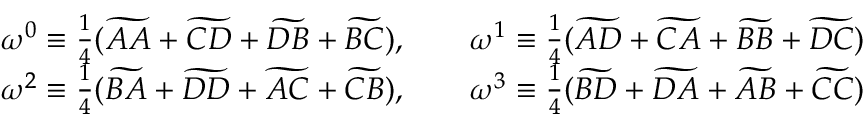
\begin{array} { c c } { \omega ^ { 0 } \equiv \frac { 1 } { 4 } ( \widetilde { A A } + \widetilde { C D } + \widetilde { D B } + \widetilde { B C } ) , \qquad \omega ^ { 1 } \equiv \frac { 1 } { 4 } ( \widetilde { A D } + \widetilde { C A } + \widetilde { B B } + \widetilde { D C } ) } \\ { \omega ^ { 2 } \equiv \frac { 1 } { 4 } ( \widetilde { B A } + \widetilde { D D } + \widetilde { A C } + \widetilde { C B } ) , \qquad \omega ^ { 3 } \equiv \frac { 1 } { 4 } ( \widetilde { B D } + \widetilde { D A } + \widetilde { A B } + \widetilde { C C } ) } \end{array}